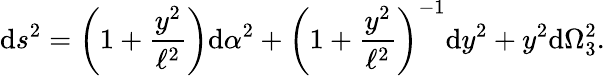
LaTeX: \mathrm{d}s^{2}=\left(1+\frac{{y^{2}}}{{\ell^{2}}}\right)\mathrm{d}\alpha^{2}+\left(1+\frac{{y^{2}}}{{\ell^{2}}}\right)^{-1}\mathrm{d}y^{2}+y^{2}\mathrm{d}\Omega_{3}^{2}.